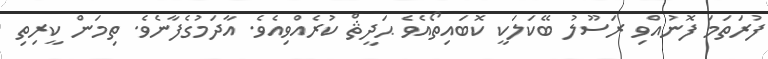
ފުރަތަމަ ފޮނުއްވި ރަސޫލު ބޭކަލަކީ ކޮބައިތޯއެވެ ޙަދީޘް ކުރެއްވިއެވެ. އާދަމުގެފާނެވެ. ތިމަން ކީރިތި